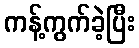
ကန့်ကွက်ခဲ့ပြီး